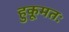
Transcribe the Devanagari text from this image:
हुकूमतः